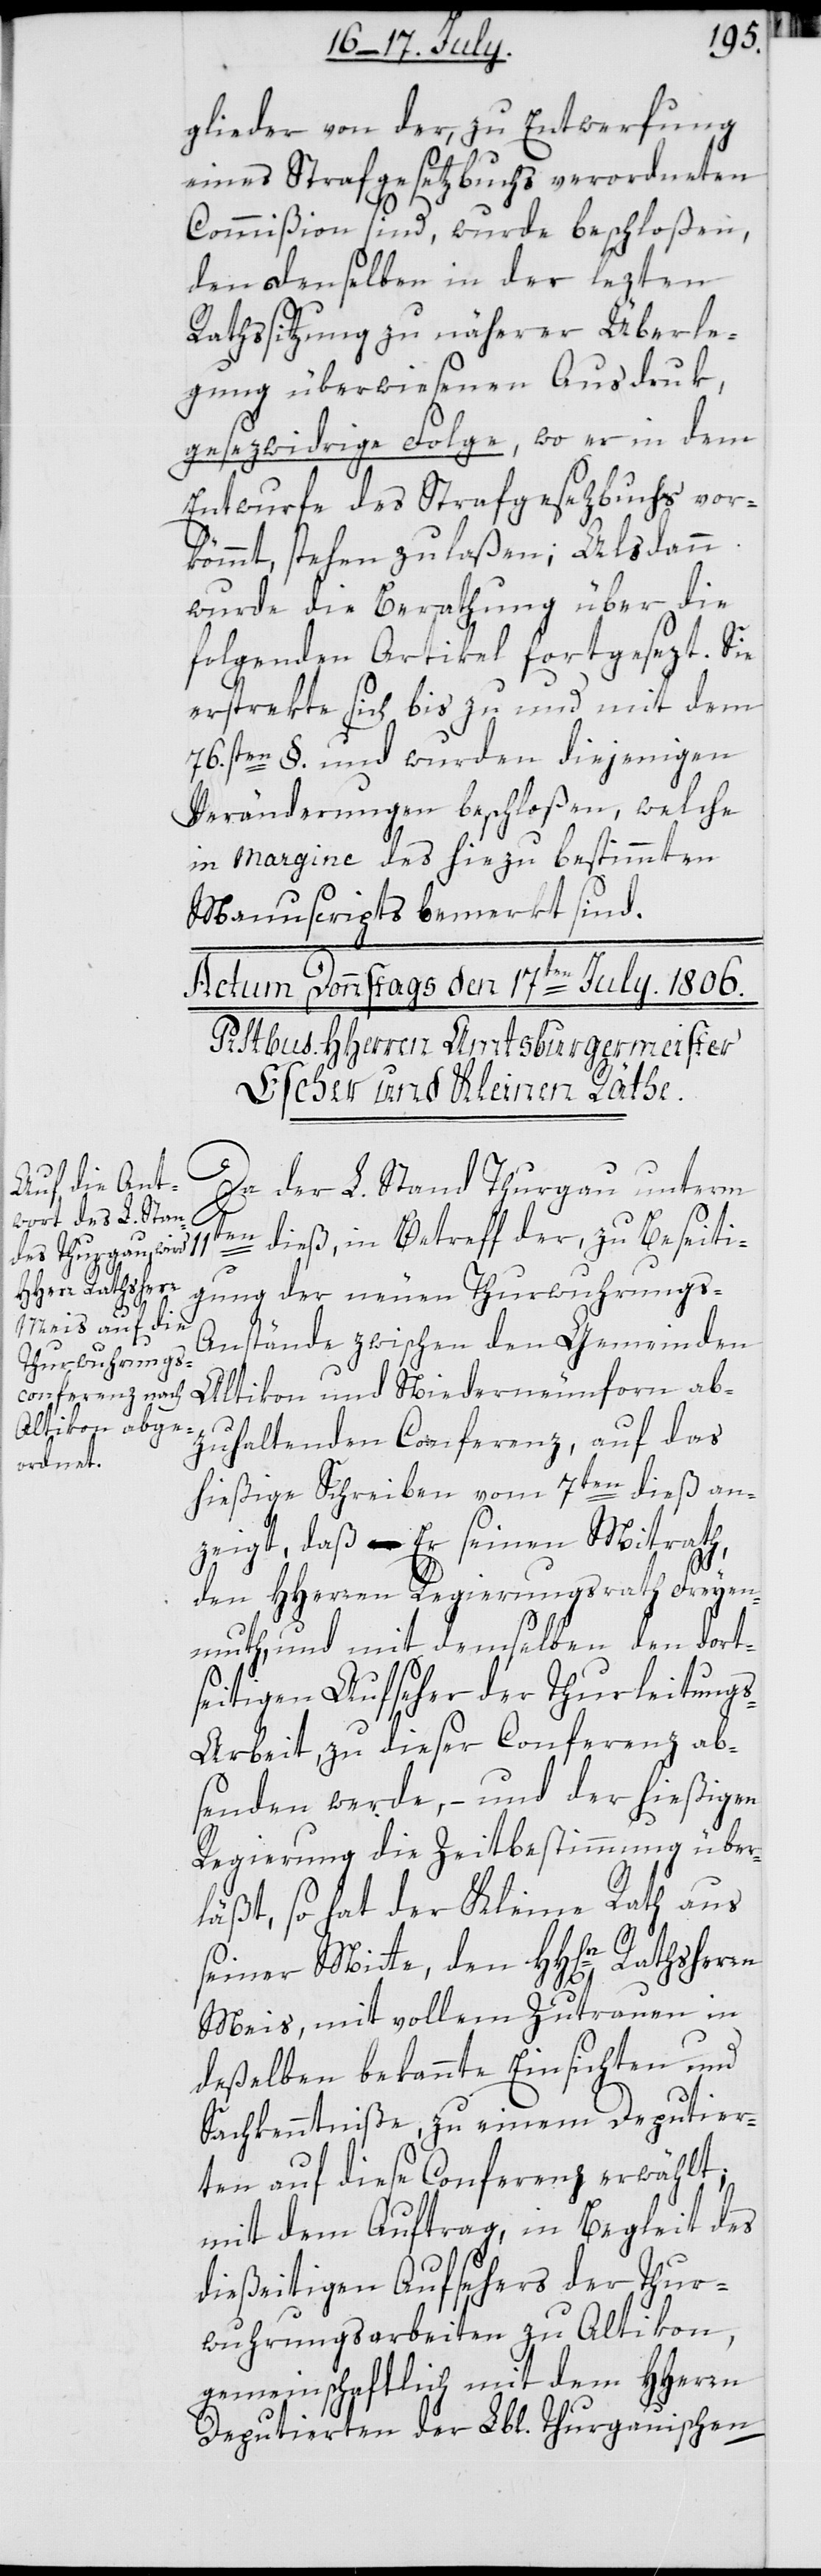
glieder von der, zu Entwerfung
eines Strafgesetzbuchs verordneten
Commißion sind, wurde beschloßen,
den denselben in der lezten
Rathssitzung zu näherer Überle¬
gung überwiesenen Ausdruk,
gesezwidrige Folge, wo er in dem
Entwurfe des Strafgesezbuchs vor¬
kömmt, stehen zu laßen. Alsdann
wurde die Berathung über die
folgenden Artikel fortgesezt. Sie
erstrekte sich bis zu und mit dem
76.sten §. und wurden diejenigen
Veränderungen beschloßen, welche
in Margine des hiezu bestimmten
Manuscripts bemerkt sind.
Da der L. Stand Thurgau unterm
11ten dieß, in Betreff der, zu Beseiti¬
gung der neuen Thurwuhrungs-A¬
nstände zwischen den Gemeinden
Altikon und Niederneunforn ab¬
zuhaltenden Conferenz, auf das
hießige Schreiben vom 7ten dieß an¬
zeigt, daß er seinen Mitrath,
den HHerren Regierungsrath Freyen¬
muth, und mit demselben den dort¬
seitigen Aufseher der Thurleitung¬
s-Arbeit, zu dieser Conferenz ab¬
senden werde, – und der hießigen
Regierung die Zeitbestimmung über¬
läßt, so hat der Kleine Rath aus
seiner Mitte, den HH[erre]n
Meis, mit vollem Zutrauen in
deßelben bekannte Einsichten und
Sachkenntniße, zu einem Deputier¬
ten auf diese Conferenz erwählt;
mit dem Auftrag, in Begleit des
dießeitigen Aufsehers der Thur¬
wuhrungsarbeiten zu Altikon,
gemeinschaftlich mit dem HHerren
Deputierten der Lbl. Thurgauischen